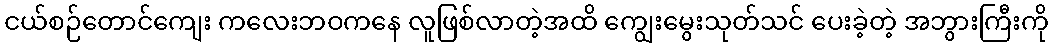
ငယ်စဉ်တောင်ကျေး ကလေးဘဝကနေ လူဖြစ်လာတဲ့အထိ ကျွေးမွေးသုတ်သင် ပေးခဲ့တဲ့ အဘွားကြီးကို